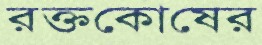
রক্তকোষের